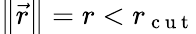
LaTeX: \left\Vert\vec{r}\right\Vert=r<r_{\mathrm{~c~u~t~}}